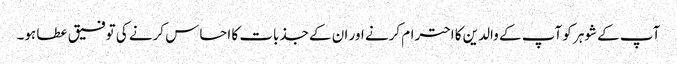
آپ کے شوہر کو آپ کے والدین کا احترام کرنے اور ان کے جذبات کا احساس کرنے کی توفیق عطا ہو۔